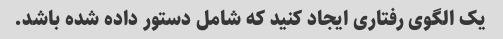
یک الگوی رفتاری ایجاد کنید که شامل دستور داده شده باشد.